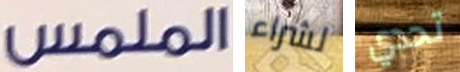
الملمس لشراء تحدي